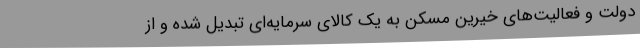
دولت و فعالیت‌های خیرین مسکن به یک کالای سرمایه‌ای تبدیل شده و از